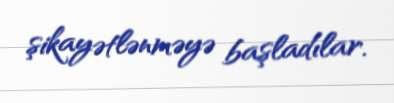
şikayətlənməyə başladılar.